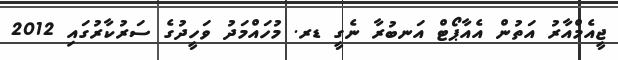
ޖީއެމްއާރު އަތުން އެއާޕޯޓް އަނބުރާ ނެގީ ޑރ. މުހައްމަދު ވަހީދުގެ ސަރުކާރުގައި 2012